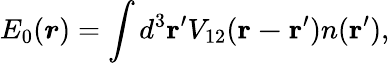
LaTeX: E_{0}(\boldsymbol{r})=\int d^{3}\mathbf{r^{\prime}}V_{12}(\mathbf{r-r^{\prime}})n(\mathbf{r^{\prime}}),